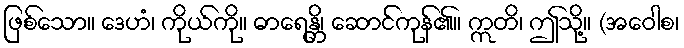
ဖြစ်သော။ ဒေဟံ၊ ကိုယ်ကို။ ဓာရေန္တိ၊ ဆောင်ကုန်၏။ ဣတိ၊ ဤသို့။ (အဝေါစ၊